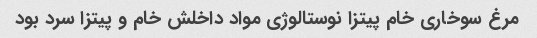
مرغ سوخاری خام پیتزا نوستالوژی مواد داخلش خام و پیتزا سرد بود